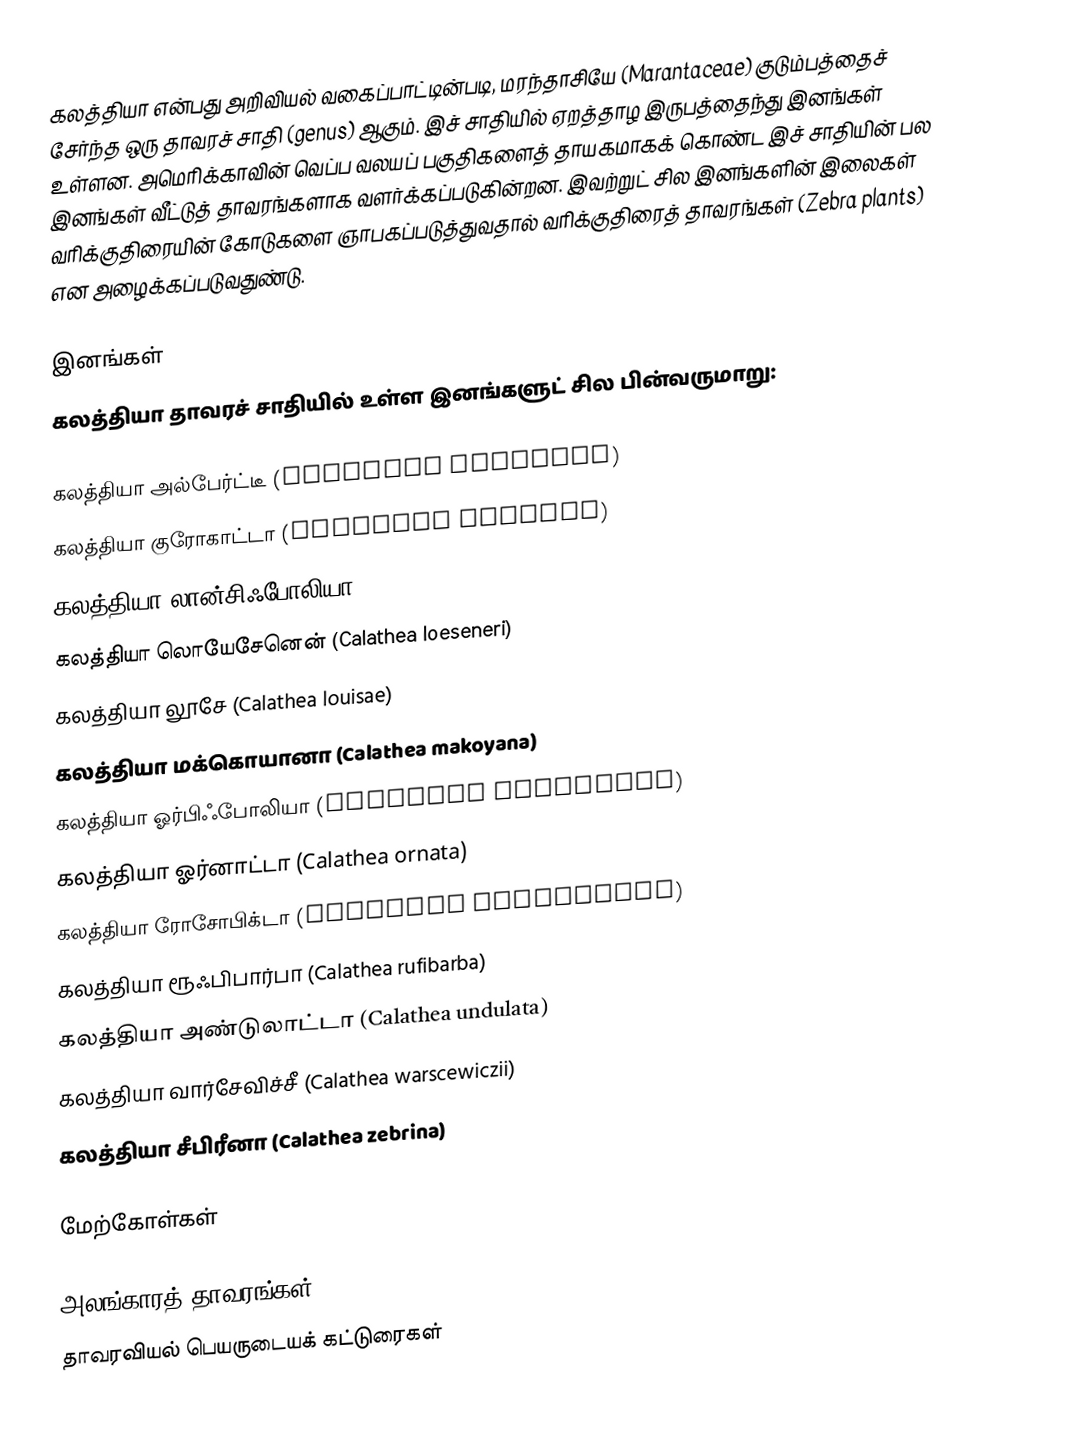
கலத்தியா என்பது அறிவியல் வகைப்பாட்டின்படி, மரந்தாசியே (Marantaceae) குடும்பத்தைச் சேர்ந்த ஒரு தாவரச் சாதி (genus) ஆகும். இச் சாதியில் ஏறத்தாழ இருபத்தைந்து இனங்கள் உள்ளன. அமெரிக்காவின் வெப்ப வலயப் பகுதிகளைத் தாயகமாகக் கொண்ட இச் சாதியின் பல இனங்கள் வீட்டுத் தாவரங்களாக வளர்க்கப்படுகின்றன. இவற்றுட் சில இனங்களின் இலைகள் வரிக்குதிரையின் கோடுகளை ஞாபகப்படுத்துவதால் வரிக்குதிரைத் தாவரங்கள் (Zebra plants) என அழைக்கப்படுவதுண்டு.

இனங்கள்
கலத்தியா தாவரச் சாதியில் உள்ள இனங்களுட் சில பின்வருமாறு:

கலத்தியா அல்பேர்ட்டீ (Calathea Albertii)
கலத்தியா குரோகாட்டா (Calathea Crocata)
கலத்தியா லான்சிஃபோலியா Calathea lancifolia)
கலத்தியா லொயேசேனென் (Calathea loeseneri)
கலத்தியா லூசே (Calathea louisae)
கலத்தியா மக்கொயானா (Calathea makoyana)
கலத்தியா ஓர்பிஃபோலியா (Calathea orbifolia)
கலத்தியா ஓர்னாட்டா (Calathea ornata)
கலத்தியா ரோசோபிக்டா (Calathea roseopicta)
கலத்தியா ரூஃபிபார்பா (Calathea rufibarba)
கலத்தியா அண்டுலாட்டா (Calathea undulata)
கலத்தியா வார்சேவிச்சீ (Calathea warscewiczii)
கலத்தியா சீபிரீனா (Calathea zebrina)

மேற்கோள்கள்

அலங்காரத் தாவரங்கள்
தாவரவியல் பெயருடையக் கட்டுரைகள்